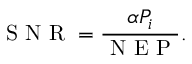
\mathrm { ~ S ~ N ~ R ~ } = \frac { \alpha P _ { i } } { \mathrm { ~ N ~ E ~ P ~ } } .